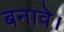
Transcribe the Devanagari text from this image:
बनावे।